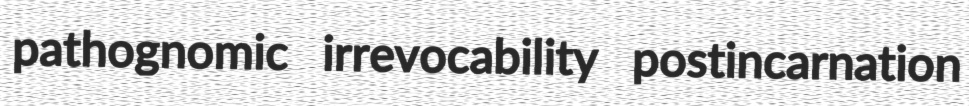
pathognomic irrevocability postincarnation